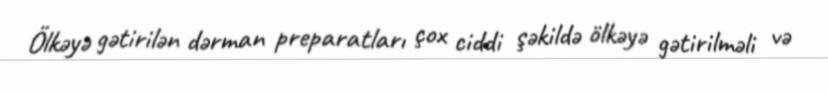
Ölkəyə gətirilən dərman preparatları çox ciddi şəkildə ölkəyə gətirilməli və